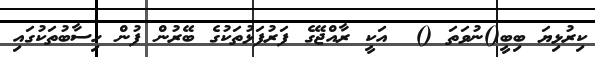
ކިރުޅިޔަ ބިބީ()ނުވަތަ ()  އަކީ ރާއްޖޭގެ ފަރުފަޅުތަކުގެ ބޭރުން ފުން ހިސާބުތަކުގައި